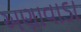
અણાવાડા